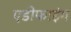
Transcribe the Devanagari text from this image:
एडीफाइंग